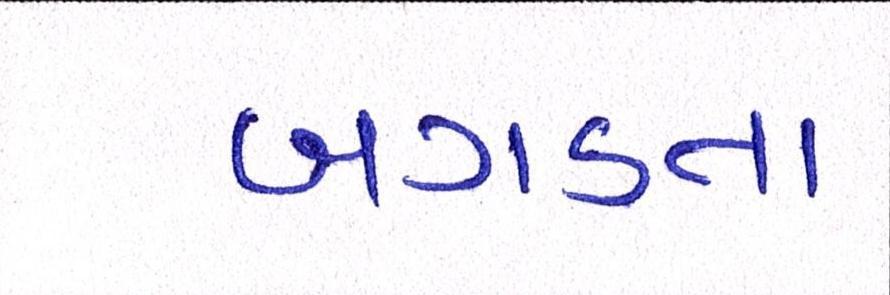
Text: બગડતા